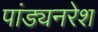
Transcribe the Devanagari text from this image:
पांड्यनरेश